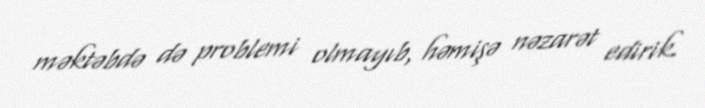
məktəbdə də problemi olmayıb, həmişə nəzarət edirik.